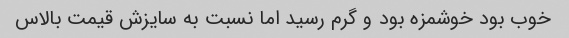
خوب بود خوشمزه بود و گرم رسید اما نسبت به سایزش قیمت بالاس